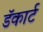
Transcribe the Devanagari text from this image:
डॅकार्ट